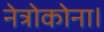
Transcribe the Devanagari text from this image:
नेत्रोकोना।